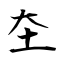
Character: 圶